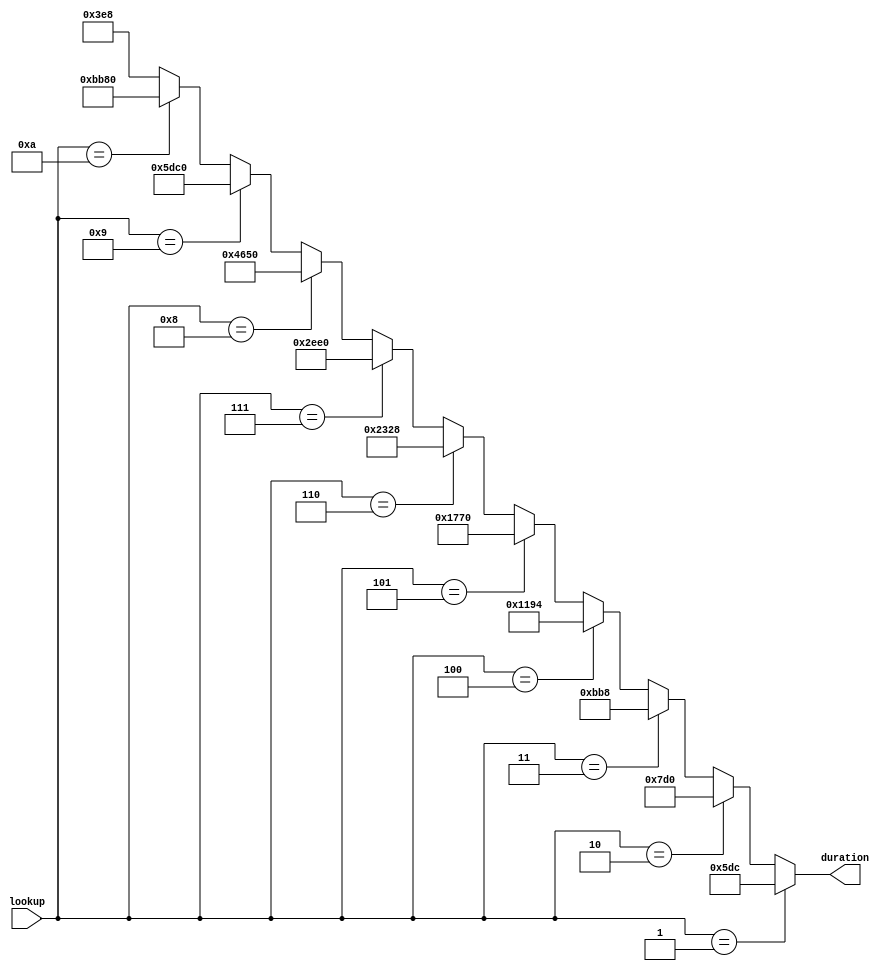
module  duration_lut (input [3:0] lookup, output [15:0] duration);
	parameter
		BREVE     			= 16'd48000,		
		SEMIBREVE			= 16'd24000,		
		DOTTED_MINIM		= 16'd18000,		
		MINIM					= 16'd12000,		
		DOTTED_CROTCHET	= 16'd9000,			
		CROTCHET 			= 16'd6000,			
		DOTTED_QUAVER 		= 16'd4500,			
		QUAVER  				= 16'd3000,			
		TUPLET				= 16'd2000,			
		SEMIQUAVER			= 16'd1500,			
		UNDEF					= 16'd1000;			
	assign duration = (lookup == 4'd1)  ? SEMIQUAVER 	   :
						   (lookup == 4'd2)  ? TUPLET			   :
							(lookup == 4'd3)  ? QUAVER			   :
							(lookup == 4'd4)  ? DOTTED_QUAVER   :
							(lookup == 4'd5)  ? CROTCHET		   :
							(lookup == 4'd6)  ? DOTTED_CROTCHET :
							(lookup == 4'd7)  ? MINIM			   :
							(lookup == 4'd8)  ? DOTTED_MINIM	   :
							(lookup == 4'd9)  ? SEMIBREVE		   :
							(lookup == 4'd10) ? BREVE			   :
							   UNDEF			   ;
endmodule